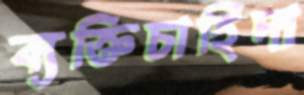
ব্যক্তিচাহিদা